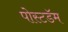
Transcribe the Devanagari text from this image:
पोस्टडॅम